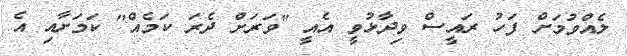
ލެއްވުމަށް ފަހު ރައީސް ވިދާޅުވީ އެއީ "ވަރަށް ދެރަ ކަމެއް" ކަމަށާއި އެ